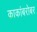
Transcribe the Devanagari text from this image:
काकांबरोबर